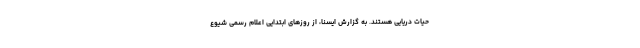
حیات دریایی هستند. به گزارش ایسنا، از روزهای ابتدایی اعلام رسمی شیوع